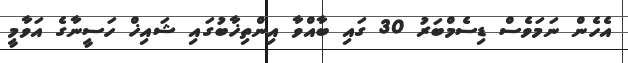
އެހެން ނަމަވެސް ޑިސެމްބަރު 30 ގައި ބާއްވާ އިންތިޚާބުގައި ޝައިޚް ހަސީނާގެ އަވާމީ